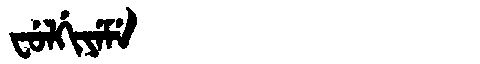
Manchu: ᠸᡠᠯᡤᡳᠶᡝᠮᡝ
Romanization: FULGIYEME